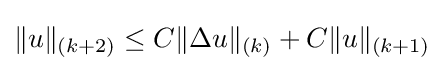
\|u\|_{(k+2)}\leq C\|\Delta u\|_{(k)}+C\|u\|_{(k+1)}